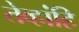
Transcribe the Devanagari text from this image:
तेव्हांहि